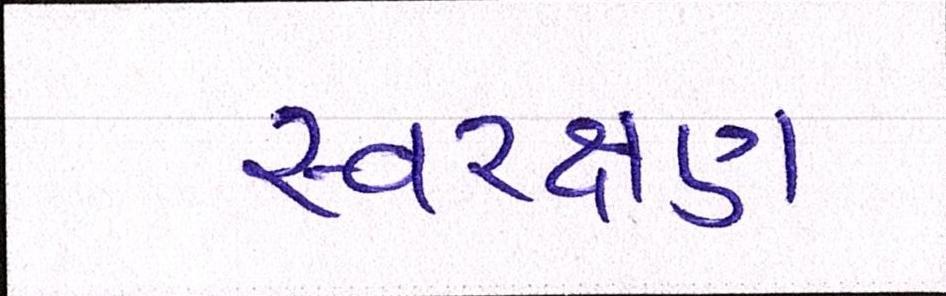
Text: સ્વરક્ષણ